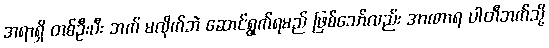
အရာရှိ တစ်ဦးပီး ဘက် မလိုက်ဘဲ ဆောင်ရွက်ရမည် ဖြစ်သော်လည်း အာဏာရ ပါတီဘက်သို့